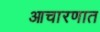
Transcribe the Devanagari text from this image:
आचारणात